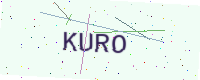
Text: KURO